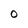
Character: O